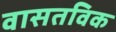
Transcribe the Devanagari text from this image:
वासतविक